Insane asylums in Bengal annual reports 1876-1887 - 1876-1887
Year: 1876
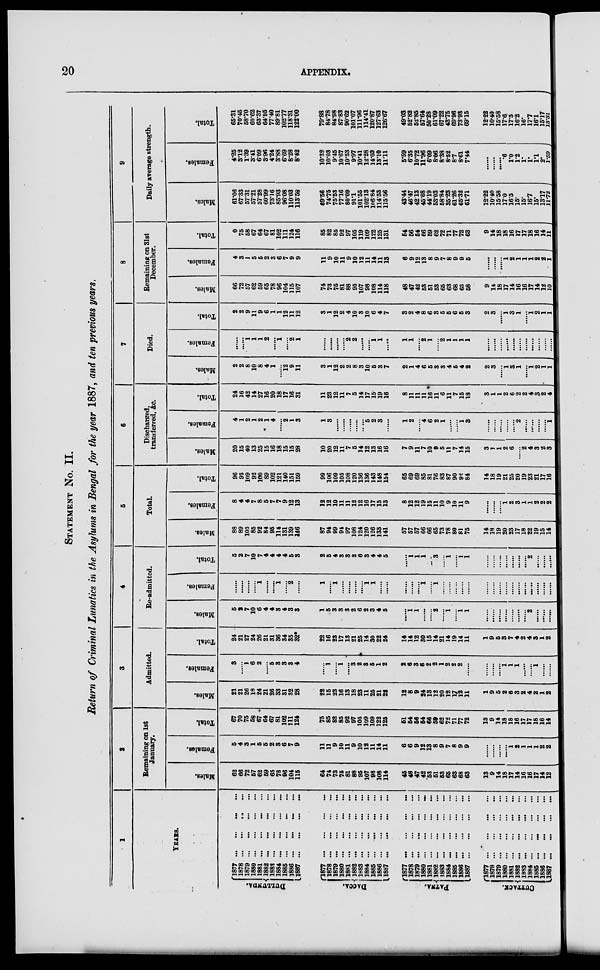
20
APPENDIX.
STATEMENT No. II.
Return of Criminal Lunatics in the Asylums in Bengal for the year 1887, and ten previous years.
1
YEARS.
DULLUNDA.
DACCA.
PATNA.
CUTTACK.
1877
...
...
...
...
1878
...
...
...
...
1979 ...
...
...
...
1880
...
...
...
...
1881 ... ... ... ...
1882
... ...
... ...
1883
...
...
...
...
1884
...
...
...
...
1885 ... ... ... ...
1886 ...
...
...
...
1887 ...
...
...
...
1877 ... ... ... ...
1878
...
...
...
...
1879
...
...
...
...
1880 ... ... ... ...
1881 ... ... ... ...
1882
...
...
...
...
1883 ... ... ... ...
1884 ... ... ... ...
1885 ... ... ... ...
1886
...
...
...
...
1887
...
...
...
...
1877
...
...
...
...
1878
...
...
...
...
1879
...
...
...
...
1880
...
...
...
...
1881
...
...
...
...
1882 ... ... ... ...
1883 ... ... ... ...
1884 ... ... ... ...
1885
...
...
...
...
1886
...
...
...
...
1887
...
...
...
...
1877
...
...
...
...
1878
...
...
...
...
1879
...
...
...
...
1880
...
...
...
...
1881
...
...
...
...
1882 ...
...
...
...
1883
...
...
...
...
1884
...
...
...
...
1885 ...
...
...
...
1886
...
...
...
...
1887
...
...
...
...
2
Remaining on 1st
January.
Males.
62
66
72
57
62
59
65
78
96
104
115
64
74
73
75
81
88
95
107
98
108
114
45
48
47
42
53
51
53
65
63
68
63
13
9
14
18
17
14
16
16
17
14
12
Females.
5
4
3
1
5
5
2
3
6
7
9
11
11
9
10
11
9
10
12
11
14
11
6
6
9
12
13
8
9
7
8
9
9
......
......
......
......
1
2
1
1
1
2
2
Total.
67
70
75
58
67
64
67
81
102
111
124
75
85
82
85
92
97
105
109
109
122
125
51
54
56
54
66
59
62
72
71
77
72
13
9
14
18
18
16
17
17
18
16
14
3
Admitted.
Males.
21
21
26
18
24
21
26
33
31
32
28
22
15
23
16
13
18
23
11
25
21
22
12
8
9
24
13
12
20
12
17 12
11
1
9
5
2
6
3
2
4
2
1
2
Females.
3
......
1
6
2
......
5
3
3
3
4
......
1
......
1
......
3
2
3
5
1
2
2
6
3
6
2
2
1
2
2
2
......
......
......
......
1
1
1
......
......
1
......
......
Total.
24
21
27
24
26
21
31
36
34
35
32*
22
16
23
17
13
21
25
14
30
22
24
14
14
12
30
15
14
21
14
19
14
11
1
9
5
3
7
4
2
4
3
1
2
4
Re-admitted.
Males.
5
2
7
10
6
4
4
3
4
3
3
1
5
3
3
3
2
6
2
3
4
5
......
1
1
......
......
2
......
1
......
1
1
......
......
......
......
......
......
......
2
......
......
......
Females.
......
......
......
......
1
......
......
1
......
2
......
1
......
1
......
......
......
......
1
1
......
......
......
......
......
1
......
1
......
......
......
......
......
......
......
......
......
......
......
......
......
......
......
......
Total.
5
2
7
10
7
4
4
4
4
6
3
2
5
4
3
3
2
6
3
4
4
5
......
1
1
1
......
3
......
1
......
1
1
......
......
......
......
......
......
......
2
......
......
......
5
Total.
Males.
88
89
105
85
92
84
95
114
131
139
146
87
94
99
94
97
106
124
120
126
133
141
57
57
57
66
66
65
73
78
80
81
75
14
18
19
20
23
17
18
22
19
15
14
Females.
8
4
4
7
8
5
7
7
9
12
13
12
12
10
11
11
12
12
16
17
15
13
8
12
12
19
15
11
10
9
10
11
9
......
......
......
1 2
3
1
1
2
2
2
Total.
96
93
109
92
100
89
102
121
140
151
159
99
106
109
105
108
120
136
136
143
148
154
65
69
69
85
81
76
83
87
90
92
84
14
18
19
21
25
20
19
23
21
17
16
6
Discharged,
transferred, &c.
Males.
20
15
40
13
25
15
16
18
15
15
28
10
20
12
11
7
5
14
12
13
16
16
7
9
11
7
10
9
5
11
7
14
15
3
1
1
2
6
......
2
4
3
2
3
Females.
4
1
2
1
2
1
4
......
2
1
3
1
3
......
......
......
......
......
5
2
3
......
1
2
......
4
6
2
1
......
......
1
3
......
......
......
......
......
2
......
......
......
......
1
Total.
24
16
42
14
27
16
20
18
17
16
31
11
23
12
11
7
5
14
17
15
19
16
8
11
11
11
16
11
6
11
7
15
18
3
1
1
2
6
2
2
4
3
2
4
7
Died.
Males.
2
2
8
10
8
4
1
......
12
9
11
3
1
12
2
2
8
3
10
5
3
7
2
1
4
6
6
3
3
4
5
4
2
2
3
......
1
3
1
......
1
2
1
1
Females.
......
......
1
1
1
2
......
1
......
2
1
......
......
......
......
2
2
......
......
1
1
......
1
1
......
2
1
......
2
1
1
1
1
......
......
......
......
......
......
......
......
......
......
......
Total.
2
2
9
11
9
6
1
1
12
11
12
3
1
12
2
4
10
3
10
6
4
7
3
2
4
8
6
3
5
5
6
6
3
2
3
......
1
3
1
......
1
2
1
1
8
Remaining on 31st
December.
Males.
66
72
57
62
59
65
78
96
104
115
107
74
73
75
81
88
95
107
98
108
114
118
48
47
42
53
51
53
65
63
68
63
58
9
14
18
17
14
16
16
17
14
12
10
Females.
4
3
1
5
5
2
3
6
7
9
9
11
9
10
11
9
10
12
11
14
11
13
6
9
12
13
8
9
7
8
9
9
5
......
......
......
1
2
1
1
1
2
2
1
Total.
0
75
58
67
64
67
81
102
111
124
116
85
82
85
92
97
105
119
109
122
125
131
54
56
54
66
59
62
72
71
77
72
63
9
14
18
18
16
17
17
18
16
14
11
9
Daily average strength.
Males.
61.06
67.33
57.31
57.21
57.28
60.99
73.16
85.93
96.08
110.03
113.58
69.56
74.75
75.53
77.16
80.09
91.1
101.55
102.13
106.84
114.53
115.56
43.44
46.47
42.13
45.68
44.19
53.03
58.84
35.23
61.26
65.32
61.71
12.22
10.40
15.58
17.0
16.5
15.
15.
16.7
15.
13.17
11.72
Females.
4.25
3.12
1.39
3.41
6.09
3.96
4.24
3.88
6.69
8.28
8.42
10.32
10.03
9.45
10.67
10.53
9.97
10.41
12.28
14.03
13.10
11.11
5.59
6.35
10.72
11.96
6.09
8.06
8.38
8.52
8.7
8.61
7.44
......
......
......
.6
1.0
1.2
1.
1.
1.1
2.
1.59
Total.
65.31
70.45
58.70
60.62
63.37
64.95
77.40
89.81
102.77
118.31
122.00
79.88
84.78
84.98
87.83
90.62
101.07
111.98
114.41
120.87
127.63
126.67
49.03
52.82
52.85
57.64
50.28
61.09
67.22
43.75
69.96
73.93
69.15
12.22
10.40
15.58
17.6
17.5
16.2
16.
17.7
16.1
15.17
13.31